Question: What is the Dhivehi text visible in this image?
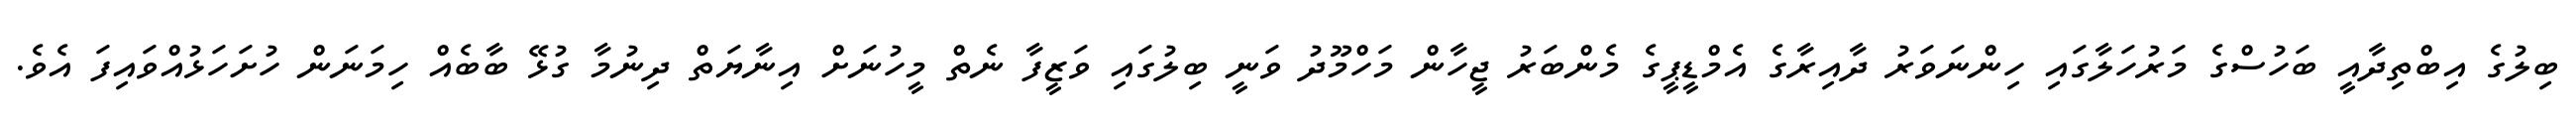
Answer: ބިލުގެ އިބްތިދާއީ ބަހުސްގެ މަރުހަލާގައި ހިންނަވަރު ދާއިރާގެ އެމްޑީޕީގެ މެންބަރު ޖީހާން މަހްމޫދު ވަނީ ބިލުގައި ވަޒީފާ ނެތް މީހުނަށް އިނާޔަތް ދިނުމާ ގުޅޭ ބާބެއް ހިމަނަން ހުށަހަޅުއްވައިފަ އެވެ.